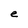
Character: e